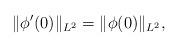
LaTeX: \begin{align*}\|\phi'(0)\|_{L^2}=\|\phi(0)\|_{L^2},\end{align*}